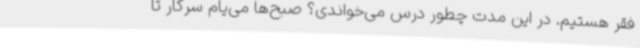
فقر هستیم. ‌در این مدت چطور درس می‌خواندی؟‌ صبح‌ها می‌یام سرکار تا